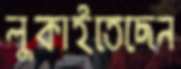
লুকাইতেছেন